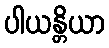
ပါယန္တိယာ